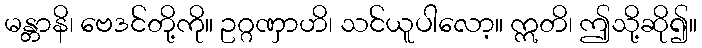
မန္တာနိ၊ ဗေဒင်တို့ကို။ ဥဂ္ဂဏှာဟိ၊ သင်ယူပါလော့။ ဣတိ၊ ဤသို့ဆို၍။